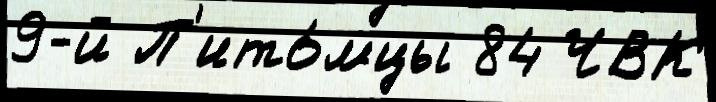
9-й П'ито́мцы 84 ЧВК